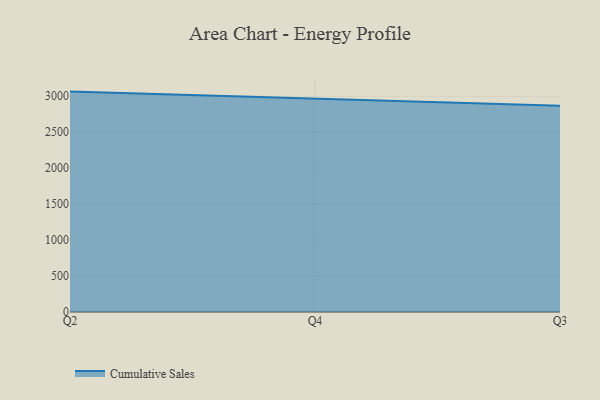
{"axis": {"x": "Quarter", "y": "Demand Index"}, "legend": ["Cumulative Sales"], "data": [{"x": "Q2", "y": 3063.8, "type": "Cumulative Sales"}, {"x": "Q4", "y": 2968.9, "type": "Cumulative Sales"}, {"x": "Q3", "y": 2867.9, "type": "Cumulative Sales"}]}